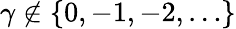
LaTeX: \gamma\notin\{ 0,-1,-2,\ldots\}